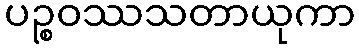
ပဉ္စဝဿသတာယုကာ